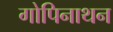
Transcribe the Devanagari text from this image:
गोपिनाथन